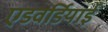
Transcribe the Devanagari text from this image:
एडवर्डियाई